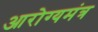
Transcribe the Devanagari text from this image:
आरोग्यमंत्र